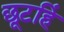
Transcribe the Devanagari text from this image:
छूटहिं